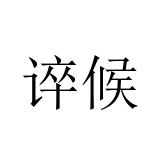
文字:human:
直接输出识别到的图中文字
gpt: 谇候